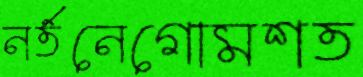
নর্তনেগোমশত